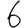
Digit: 6